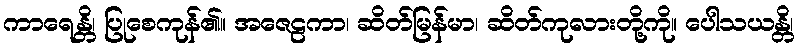
ကာရေန္တိ၊ ပြုစေကုန်၏။ အဇေဠကာ၊ ဆိတ်မြန်မာ၊ ဆိတ်ကုလားတို့ကို။ ပေါသယန္တိ၊